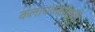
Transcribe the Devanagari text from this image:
कलापथकाद्वारे